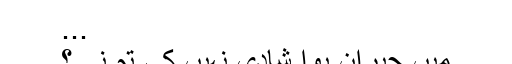
...
میں حیران ہوا شادی نہیں کی تم نے؟